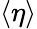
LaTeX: \langle\eta\rangle